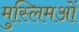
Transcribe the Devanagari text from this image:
मुस्लिमओं